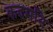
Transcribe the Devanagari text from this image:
कदमनि